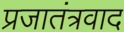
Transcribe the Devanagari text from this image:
प्रजातंत्रवाद